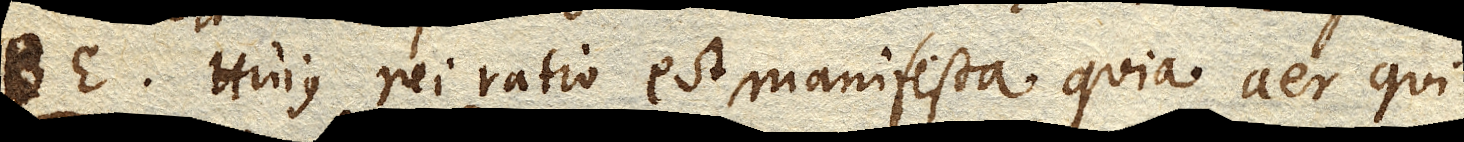
BE. Hujus rei ratio est manifesta quia aer qui